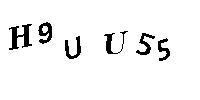
H9UU55